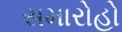
સમારોહો